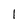
Character: 1